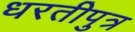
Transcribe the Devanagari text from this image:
धरतीपुत्र